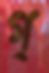
গ্